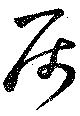
属